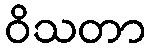
ဝိသတာ